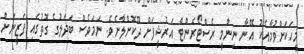
މީހަކަށްވުމާއެކު އޭނާ ނިންމީ ރެސްޓޯރެންޓް އަރުޝީފަށް ދޫކޮށްލާށެވެ. ނަމަވެސް ބަދަލުގެ ގޮތުގައި ފަޒީނަށް